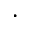
\cdot